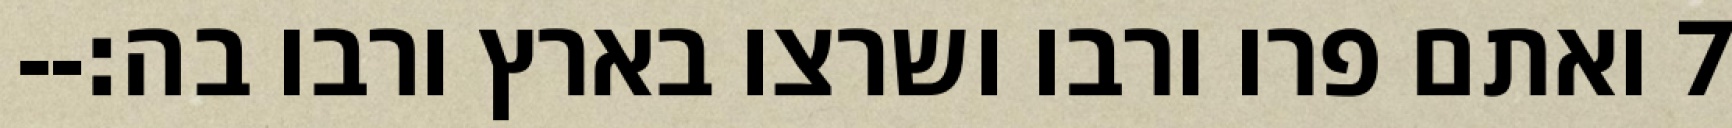
‎7‏ ואתם פרו ורבו ושרצו בארץ ורבו בה׃--